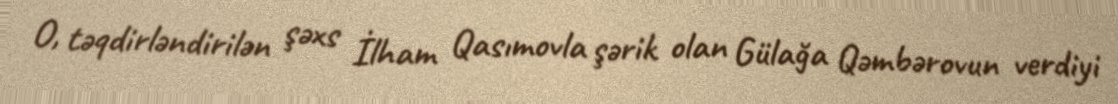
O, təqdirləndirilən şəxs İlham Qasımovla şərik olan Gülağa Qəmbərovun verdiyi